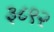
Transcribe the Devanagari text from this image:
३८९२